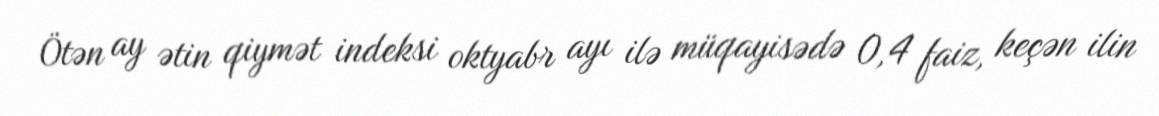
Ötən ay ətin qiymət indeksi oktyabr ayı ilə müqayisədə 0,4 faiz, keçən ilin